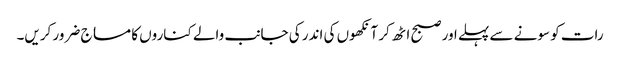
رات کو سونے سے پہلے اور صبح اٹھ کر آنکھوں کی اندر کی جانب والے کناروں کا مساج ضرور کریں۔